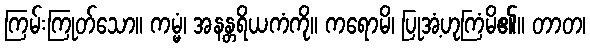
ကြမ်းကြုတ်သော။ ကမ္မံ၊ အနန္တရိယကံကို။ ကရောမိ၊ ပြုအံ့ဟုကြံမိ၏။ တာတ၊